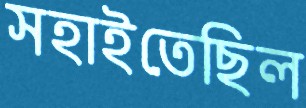
সহাইতেছিল